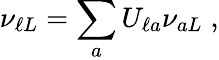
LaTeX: \nu_{\ell L}=\sum_{a}U_{\ell a}\nu_{aL}\; ,